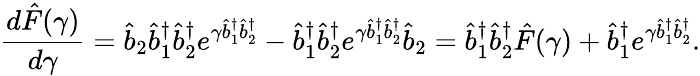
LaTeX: \frac{d\hat{F}(\gamma)}{d\gamma}=\hat{b}_{2}\hat{b}_{1}^{\dagger}\hat{b}_{2}^{\dagger}e^{\gamma\hat{b}_{1}^{\dagger}\hat{b}_{2}^{\dagger}}-\hat{b}_{1}^{\dagger}\hat{b}_{2}^{\dagger}e^{\gamma\hat{b}_{1}^{\dagger}\hat{b}_{2}^{\dagger}}\hat{b}_{2}=\hat{b}_{1}^{\dagger}\hat{b}_{2}^{\dagger}\hat{F}(\gamma)+\hat{b}_{1}^{\dagger}e^{\gamma\hat{b}_{1}^{\dagger}\hat{b}_{2}^{\dagger}}.